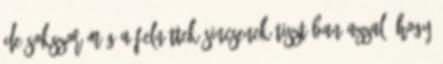
de sokszor még a felnőttek sincsenek tisztában azzal, hogy